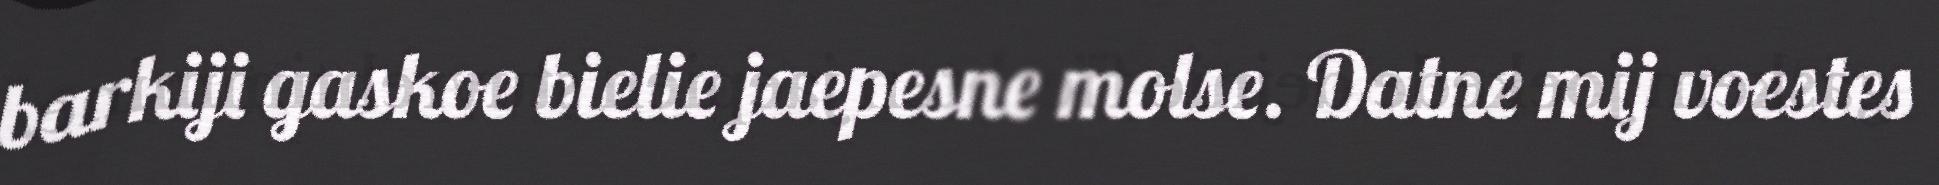
barkiji gaskoe bielie jaepesne molse. Datne mij voestes